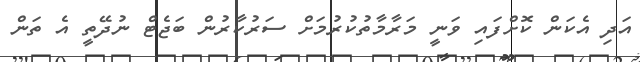
އަދި އެކަން ކޮށްފައި ވަނީ މަރާމާތުކުރުމަށް ސަރުކާރުން ބަޖެޓް ނުދޭތީ އެ ތަން